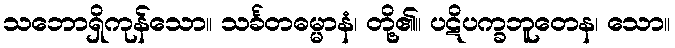
သဘောရှိကုန်သော။ သင်္ခတဓမ္မာနံ၊ တို့၏။ ပဋိပက္ခဘူတေန၊ သော။